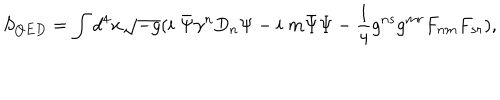
S _ { Q E D } = \int d ^ { 4 } x \sqrt { - g } ( i \; \bar { \Psi } \gamma ^ { n } D _ { n } \Psi - i \; m \bar { \Psi } \Psi - \frac { 1 } { 4 } g ^ { n s } g ^ { m r } F _ { n m } F _ { s r } ) ,